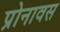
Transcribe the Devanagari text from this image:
प्रोनावस